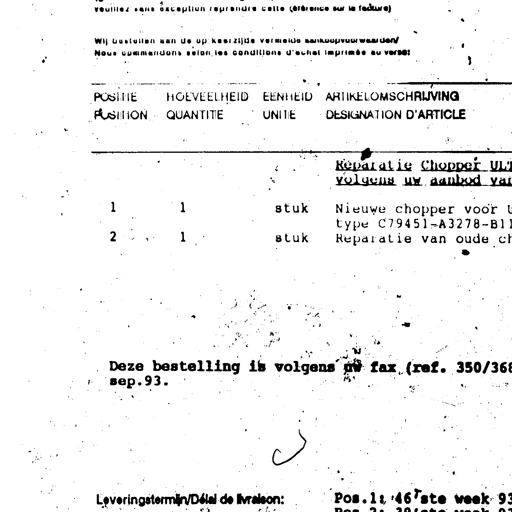
veuillez sans exception reprendre celle (référence sur la facture)

Wij bestellen aan de op keerzijde vermelde aankoopvoorwaarden/
Nous commandons selon les conditions d'achat imprimée au verso:

POSITIE HOEVEELHEID EENHEID ARTIKELOMSCHRIJVING
POSITION QUANTITE UNITE DESIGNATION D'ARTICLE

Reparatie Chopper ULT
volgens uw aanbod van

1 1 stuk Nieuwe chopper voor u
type C79451-A3278-B11
2 1 stuk Reparatie van oude ch

Deze bestelling is volgens uw fax (ref. 350/368
sep.93.

Leveringstermijn/Délai de livraison: Pos.1: 46 ste week 93